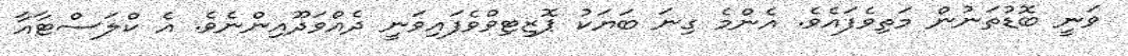
ވަނީ ބޮޑުތަނުން މަތިވެފައެވެ. އެންމެ ގިނަ ބަޔަކު ޕޮޒިޓިވްވެފައިވަނީ ދެއްވަދޫއިންނެވެ. އެ ކްލަސްޓާއާ